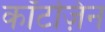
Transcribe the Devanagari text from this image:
कॉटज़िन